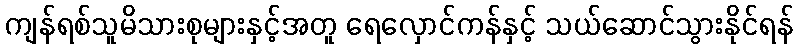
ကျန်ရစ်သူမိသားစုများနှင့်အတူ ရေလှောင်ကန်နှင့် သယ်ဆောင်သွားနိုင်ရန်